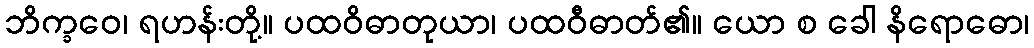
ဘိက္ခဝေ၊ ရဟန်းတို့။ ပထဝိဓာတုယာ၊ ပထဝီဓာတ်၏။ ယော စ ခေါ နိရောဓော၊